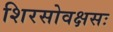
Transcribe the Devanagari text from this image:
शिरसोवक्षसः